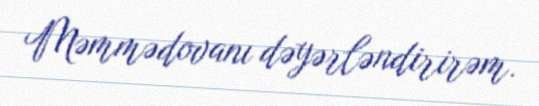
Məmmədovanı dəyərləndirirəm.